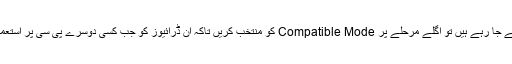
اگر آپ پاسپورٹ ڈرائیو، یو ایس ڈرائیو یا میموری کارڈ وغیرہ پر پاس ورڈ لگانے جا رہے ہیں تو اگلے مرحلے پر Compatible Mode کو منتخب کریں تاکہ ان ڈرائیوز کو جب کسی دوسرے پی سی پر استعمال کریں تو وہاں بھی درست پاس ورڈ دینے کے بعد انھیں استعمال کیا جا سکے۔